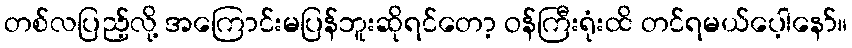
တစ်လပြည့်လို့ အကြောင်းမပြန်ဘူးဆိုရင်တော့ ဝန်ကြီးရုံးထိ တင်ရမယ်ပေ့ါနော်။